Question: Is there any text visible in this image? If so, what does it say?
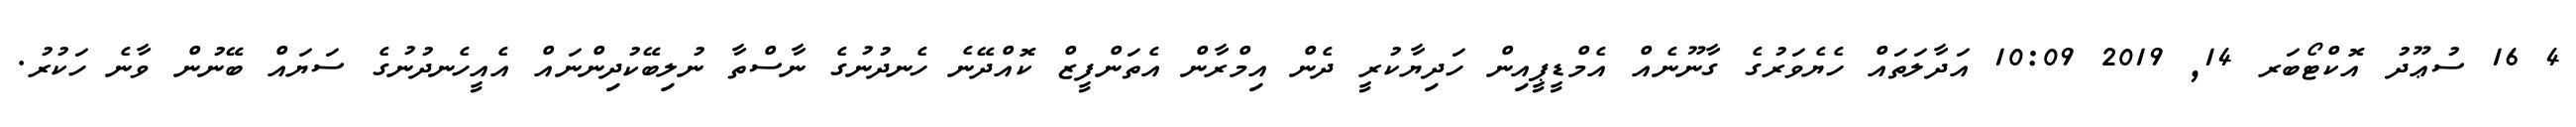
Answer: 4 16 ސުޢޫދު އޮކްޓޯބަރ 14, 2019 10:09 އަދާލަތައް ހެޔެވަރުގެ ގާނޫނެއް އެމްޑީޕީއިން ހަދިޔާކުރީ ދެން އިމްރާން އެތަންފީޒް ކޮއްދޭނެ ހެނދުނުގެ ނާސްތާ ނުލިބޭކުދިންނައް އެއީހެނދުނުގެ ސަޔައް ބޭނުން ވާނެ ހަކުރު.